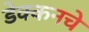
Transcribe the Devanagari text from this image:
डेक्कनचे